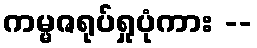
ကမ္မဇရုပ်ရှုပုံကား --